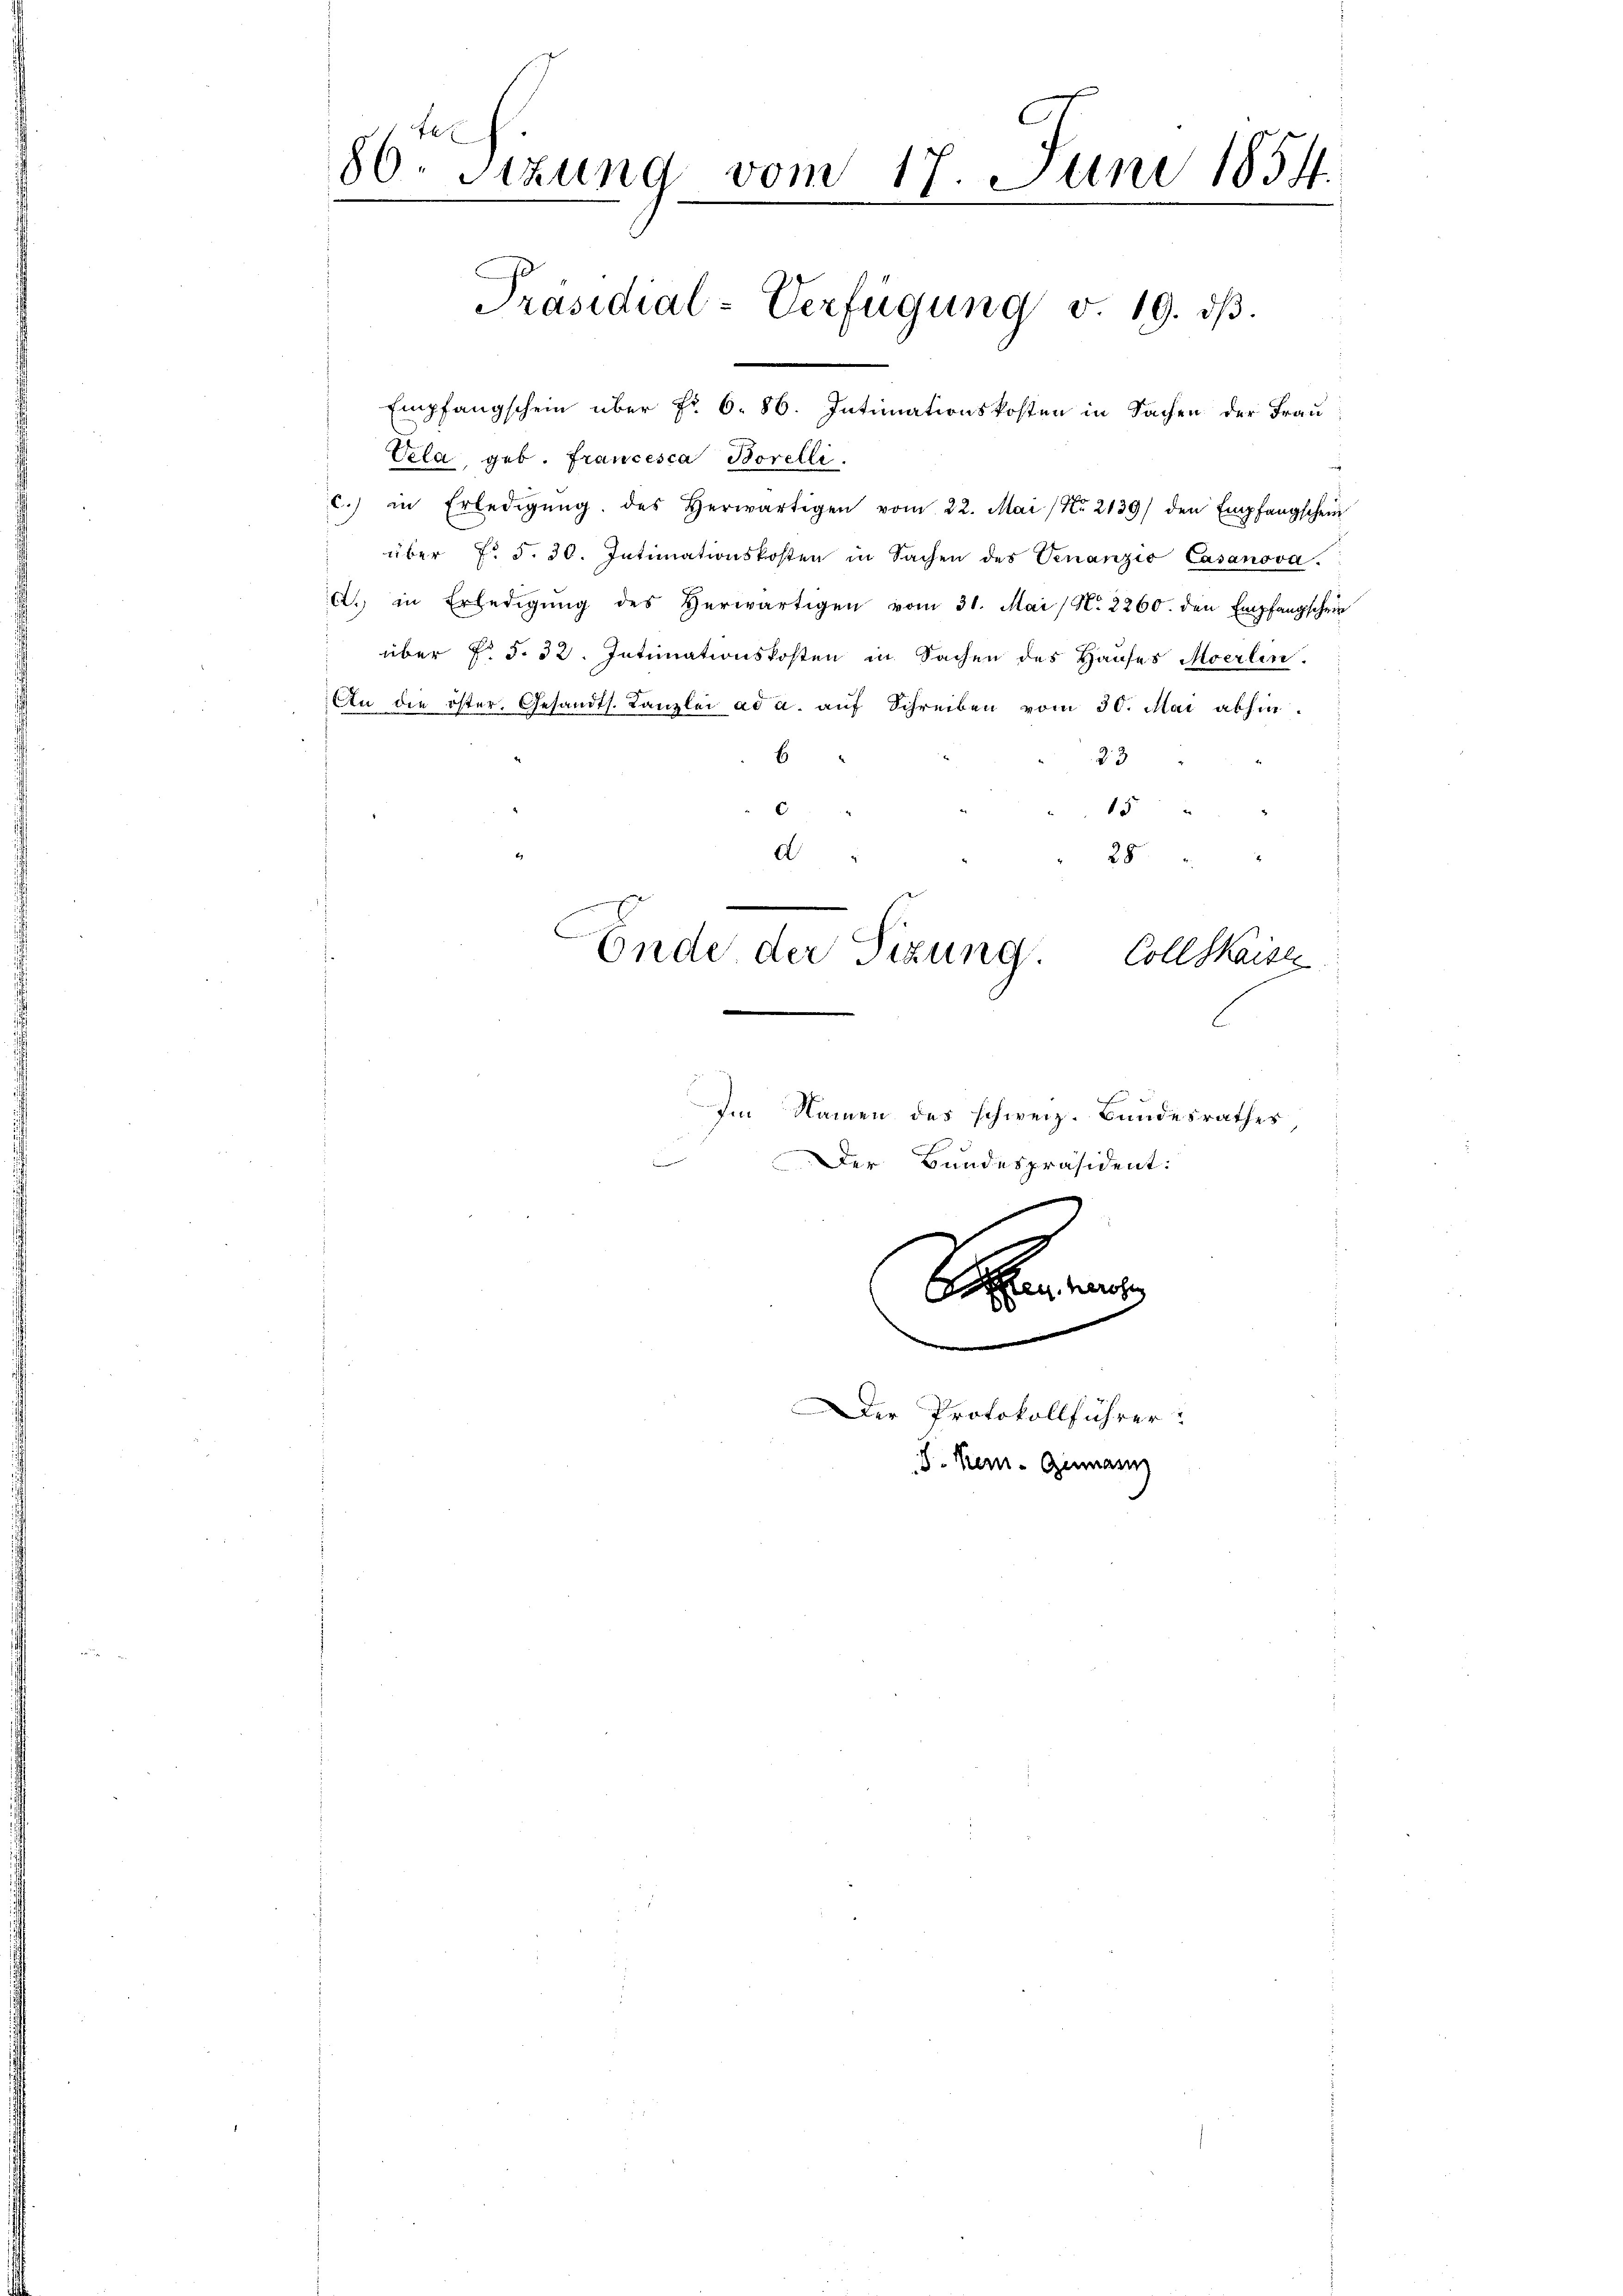
86 Sizung vom 17. Juni 1854.
e

Empfangschein über Nr. 6. 86. Intimationskosten in Sachen der Frau
Vela, geb. Francesca Borelli
c.) in Erledigŭng des herwärtigen vom 22. Mai (Nr. 2139) den Empfangschein
über f. d. 30. Intimationskosten in Sachen des Venanzio Casanova
A. in Erledigŭng des Herwärtigen vom 31. Mai (N. 2260. den Empfangschein
über F. §. 32. Intimationskosten in Sachen des Hauses Moerlin.
An die öster. Gesandts. Kanzlei ad a. auf Schreiben vom 30. Mai abhinb
33
15
d
25
Ende der Sizung.
Coll Kaisen.
Im Namen des schweiz. Bundesrathes
n
Der Bundespräsident:

Präsidial-Verfügung v. 19. dβ.

Der Protokollführer
J. Kern- Genann

Sacere
.